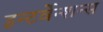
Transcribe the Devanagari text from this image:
इन्टर्वेन्शन्स